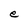
Character: e